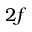
2 f